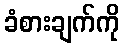
ခံစားချက်ကို